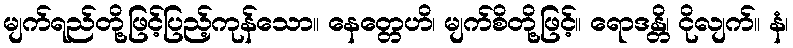
မျက်ရည်တို့ဖြင့်ပြည့်ကုန်သော။ နေတ္တေဟိ၊ မျက်စိတို့ဖြင့်။ ရောဒန္တိ၊ ငိုလျက်။ နံ၊